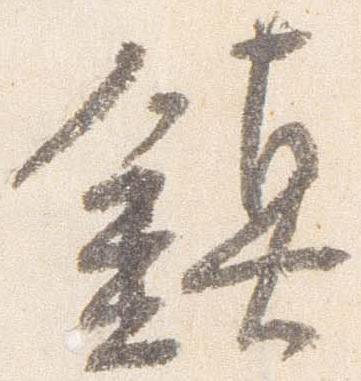
鎮